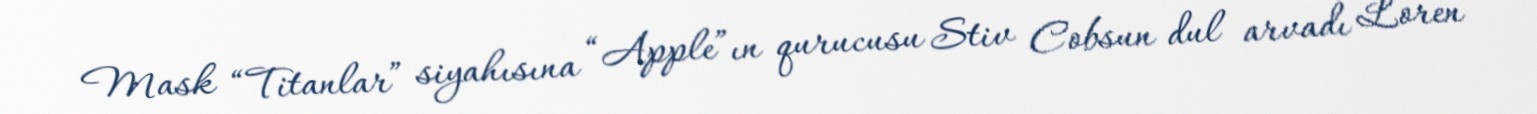
Mask “Titanlar” siyahısına “Apple”ın qurucusu Stiv Cobsun dul arvadı Loren